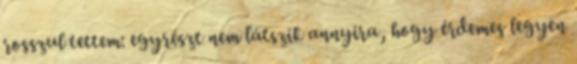
rosszul tettem: egyrészt nem látszik annyira, hogy érdemes legyen